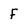
Character: f